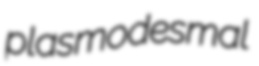
plasmodesmal